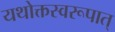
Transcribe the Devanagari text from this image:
यथोक्तस्वरूपात्‌